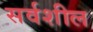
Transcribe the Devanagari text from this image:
सर्वशील